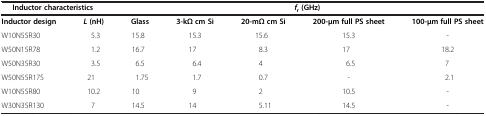
<table><thead><tr><td colspan="2"><b>Inductor characteristics</b></td><td colspan="5"><b><i>f</i><sub>r</sub>(GHz)</b></td></tr></thead><tbody><tr><td><b>Inductor design</b></td><td><b><i>L</i></b><b>(nH)</b></td><td><b>Glass</b></td><td><b>3-kΩ cm Si</b></td><td><b>20-mΩ cm Si</b></td><td><b>200-μm full PS sheet</b></td><td><b>100-μm full PS sheet</b></td></tr><tr><td>W10N55R30</td><td>5.3</td><td>15.8</td><td>15.3</td><td>15.6</td><td>15.3</td><td>-</td></tr><tr><td>W50N15R78</td><td>1.2</td><td>16.7</td><td>17</td><td>8.3</td><td>17</td><td>18.2</td></tr><tr><td>W50N35R30</td><td>3.5</td><td>6.5</td><td>6.4</td><td>4</td><td>6.5</td><td>7</td></tr><tr><td>W50N55R175</td><td>21</td><td>1.75</td><td>1.7</td><td>0.7</td><td>-</td><td>2.1</td></tr><tr><td>W10N55R80</td><td>10.2</td><td>10</td><td>9</td><td>2</td><td>10.5</td><td>-</td></tr><tr><td>W30N35R130</td><td>7</td><td>14.5</td><td>14</td><td>5.11</td><td>14.5</td><td>-</td></tr></tbody></table>